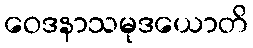
ဝေဒနာသမုဒယောတိ